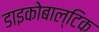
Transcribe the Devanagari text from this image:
डाइकोबाल्टिक